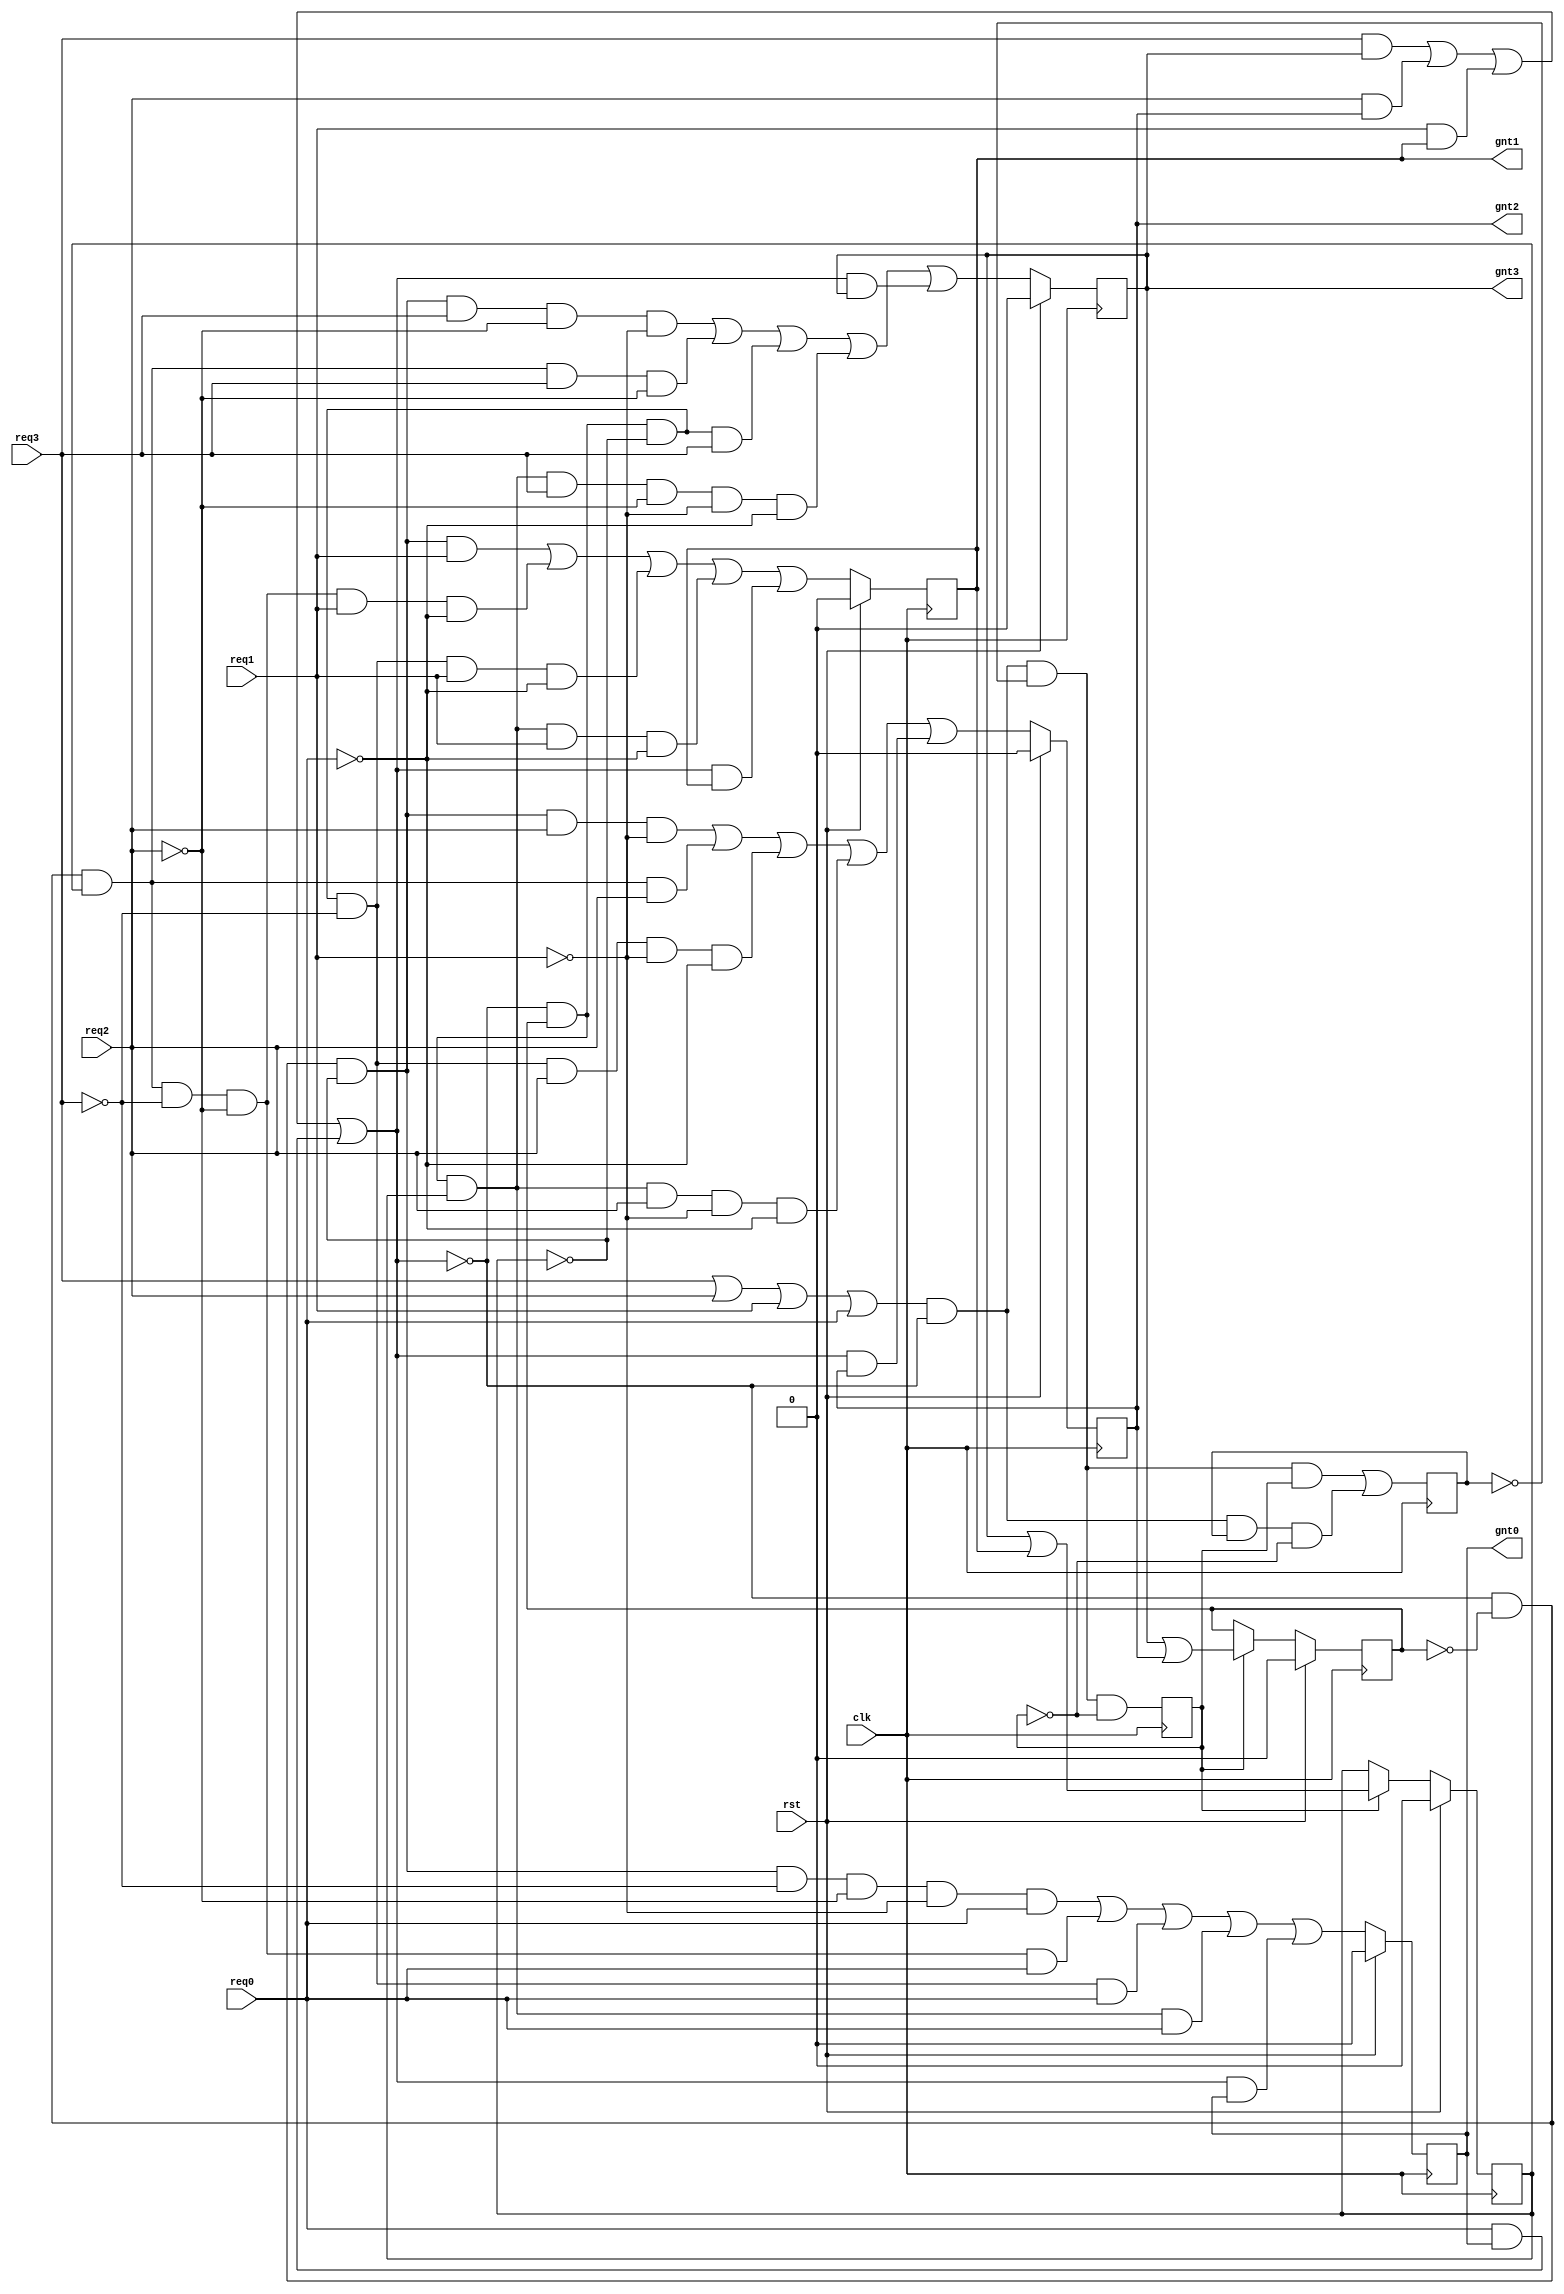
//----------------------------------------------------
// A four level, round-robin arbiter. This was
// orginally coded by WD Peterson in VHDL.
//----------------------------------------------------
module arbiter (
  clk,    
  rst,    
  req3,   
  req2,   
  req1,   
  req0,   
  gnt3,   
  gnt2,   
  gnt1,   
  gnt0   
);
// --------------Port Declaration----------------------- 
input           clk;    
input           rst;    
input           req3;   
input           req2;   
input           req1;   
input           req0;   
output          gnt3;   
output          gnt2;   
output          gnt1;   
output          gnt0;   

//--------------Internal Registers----------------------
wire    [1:0]   gnt       ;   
wire            comreq    ; 
wire            beg       ;
wire   [1:0]    lgnt      ;//grantedmaster
wire            lcomreq   ;
reg             lgnt0     ;//grantone-hot
reg             lgnt1     ;//grantone-hot
reg             lgnt2     ;//grantone-hot
reg             lgnt3     ;//grantone-hot
reg             lasmask   ;//
reg             lmask0    ;//
reg             lmask1    ;//
reg             ledge     ;

//--------------Code Starts Here----------------------- 
always @ (posedge clk)
if (rst) begin
  lgnt0 <= 0;
  lgnt1 <= 0;
  lgnt2 <= 0;
  lgnt3 <= 0;
end else begin                                     
  lgnt0 <=(~lcomreq & ~lmask1 & ~lmask0 & ~req3 & ~req2 & ~req1 & req0)//0
        | (~lcomreq & ~lmask1 &  lmask0 & ~req3 & ~req2 &  req0)//1230
        | (~lcomreq &  lmask1 & ~lmask0 & ~req3 &  req0)//230
        | (~lcomreq &  lmask1 &  lmask0 & req0  )//lmask1lmask0130
        | ( lcomreq & lgnt0 );//
  lgnt1 <=(~lcomreq & ~lmask1 & ~lmask0 &  req1)//11
        | (~lcomreq & ~lmask1 &  lmask0 & ~req3 & ~req2 &  req1 & ~req0)//20231
        | (~lcomreq &  lmask1 & ~lmask0 & ~req3 &  req1 & ~req0)
        | (~lcomreq &  lmask1 &  lmask0 &  req1 & ~req0)
        | ( lcomreq &  lgnt1);
  lgnt2 <=(~lcomreq & ~lmask1 & ~lmask0 &  req2  & ~req1)
        | (~lcomreq & ~lmask1 &  lmask0 &  req2)
        | (~lcomreq &  lmask1 & ~lmask0 & ~req3 &  req2  & ~req1 & ~req0)
        | (~lcomreq &  lmask1 &  lmask0 &  req2 & ~req1 & ~req0)
        | ( lcomreq &  lgnt2);
  lgnt3 <=(~lcomreq & ~lmask1 & ~lmask0 & req3  & ~req2 & ~req1)
        | (~lcomreq & ~lmask1 &  lmask0 & req3  & ~req2)
        | (~lcomreq &  lmask1 & ~lmask0 & req3)
        | (~lcomreq &  lmask1 &  lmask0 & req3  & ~req2 & ~req1 & ~req0)
        | ( lcomreq & lgnt3);
end 

//----------------------------------------------------
// lasmask state machine.
//----------------------------------------------------
assign beg = (req3 | req2 | req1 | req0) & ~lcomreq;//
always @ (posedge clk)
begin                                     
  lasmask <= (beg & ~ledge & ~lasmask);//
  ledge   <= (beg & ~ledge &  lasmask) 
          |  (beg &  ledge & ~lasmask);
end 

//----------------------------------------------------
// comreq logic.mastermaster1010
//----------------------------------------------------
assign lcomreq = ( req3 & lgnt3 )
                | ( req2 & lgnt2 )
                | ( req1 & lgnt1 )
                | ( req0 & lgnt0 );

//----------------------------------------------------
// Encoder logic.one-hotBCD
//----------------------------------------------------
assign  lgnt =  {(lgnt3 | lgnt2),(lgnt3 | lgnt1)};

//----------------------------------------------------
// lmask register.
//----------------------------------------------------
always @ (posedge clk )
if( rst ) begin
  lmask1 <= 0;
  lmask0 <= 0;
end else if(lasmask) begin//lmasklmask
  lmask1 <= lgnt[1];
  lmask0 <= lgnt[0];
end else begin
  lmask1 <= lmask1;
  lmask0 <= lmask0;
end 

assign comreq = lcomreq;
assign gnt    = lgnt;
//----------------------------------------------------
// Drive the outputs
//----------------------------------------------------
assign gnt3   = lgnt3;
assign gnt2   = lgnt2;
assign gnt1   = lgnt1;
assign gnt0   = lgnt0;

endmodule